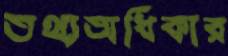
তথ্যঅধিকার